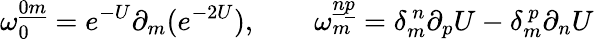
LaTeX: \omega_{0}^{\underline{{0}}\underline{{m}}}=e^{-U}\partial_{m}(e^{-2U}),\qquad\omega_{m}^{\underline{{n}}\underline{{p}}}=\delta_{m}^{\ n}\partial_{p}U-\delta_{m}^{\ p}\partial_{n}U